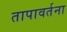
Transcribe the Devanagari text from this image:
तापावर्तना